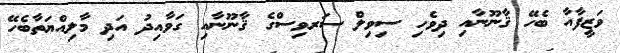
ވަޒީފާއާ ބެހޭ ޤާނޫނާއި ދިވެހި ސިވިލް ސަރވިސްގެ ޤާނޫނާއި ގަވާއިދު އަދި މާލިއްޔަތާބެހޭ